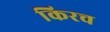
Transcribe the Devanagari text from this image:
किरच